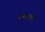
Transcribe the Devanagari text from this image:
बढाएगी